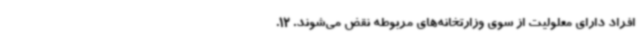
افراد دارای معلولیت از سوی وزارتخانه‌های مربوطه نقض می‌شوند. 12.